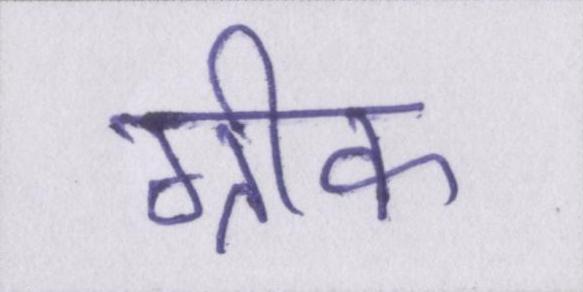
ग्रीक